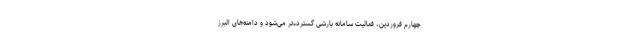
چهارم فروردین، فعالیت سامانه بارشی گسترده‌تر می‌شود و دامنه‌های البرز